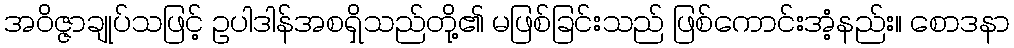
အဝိဇ္ဇာချုပ်သဖြင့် ဥပါဒါန်အစရှိသည်တို့၏ မဖြစ်ခြင်းသည် ဖြစ်ကောင်းအံ့နည်း။ စောဒနာ